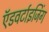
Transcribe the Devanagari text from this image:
ऍडवर्टाइजिंग